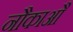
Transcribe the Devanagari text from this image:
नौकाआैं